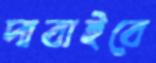
দাবাইবে